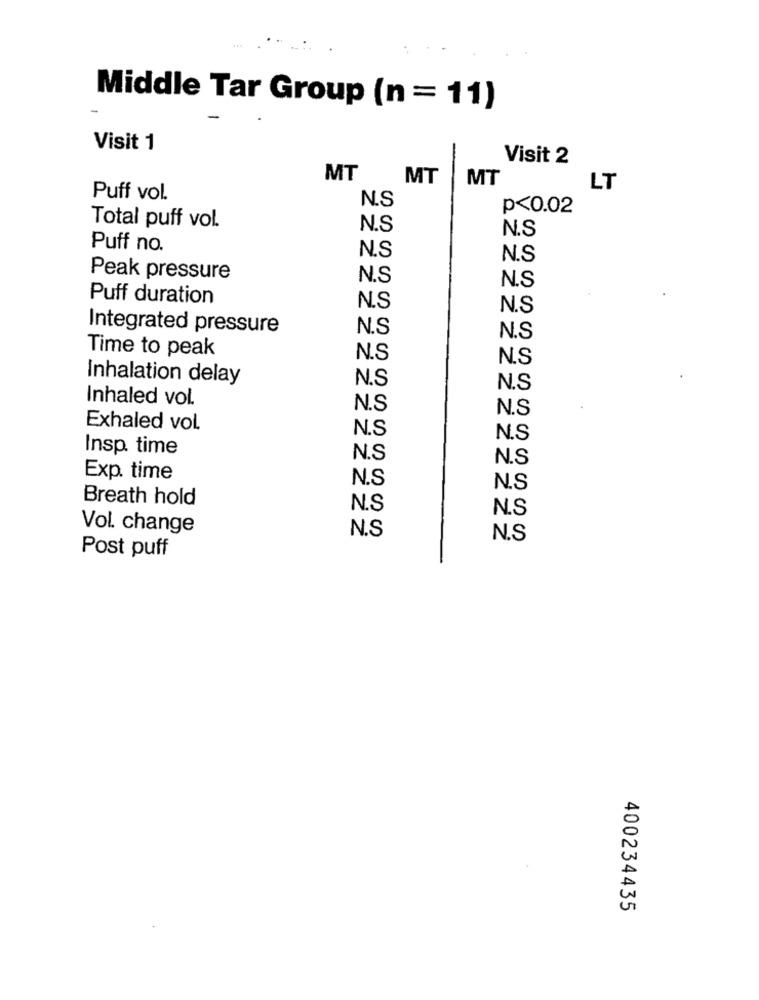
Middle Tar Group (n = 11)
Visit 1
Visit 2
MT
MT
MT
LT
Puff vol.
N.S
p<0.02
Total puff vol.
N.S
N.S
Puff no.
N.S
N.S
Peak pressure
N.S
N.S
Puff duration
N.S
N.S
Integrated pressure
N.S
N.S
Time to peak
N.S
N.S
Inhalation delay
N.S
N.S
Inhaled vol.
N.S
N.S
Exhaled vol.
N.S
N.S
Insp. time
N.S
N.S
Exp. time
N.S
N.S
Breath hold
N.S
N.S
Vol. change
N.S
N.S
Post puff
400234435